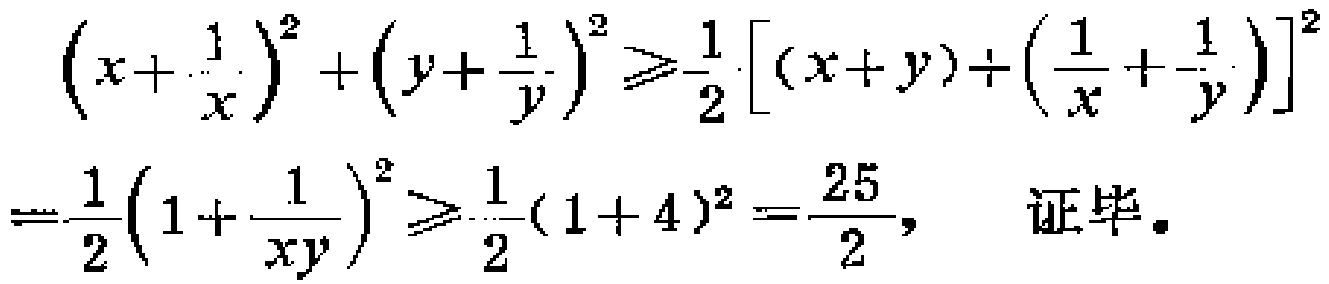
\[\begin{align*}

\left(x + \frac{1}{x}\right)^2 + \left(y + \frac{1}{y}\right)^2 &\geqslant \frac{1}{2}\left[(x + y) + \left(\frac{1}{x} + \frac{1}{y}\right)\right]^2\\

&=\frac{1}{2}\left(1 + \frac{1}{xy}\right)^2\geqslant \frac{1}{2}(1 + 4)^2=\frac{25}{2}, \quad \text{证毕}.

\end{align*}\]